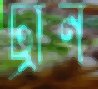
ট্রান